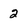
Character: 2